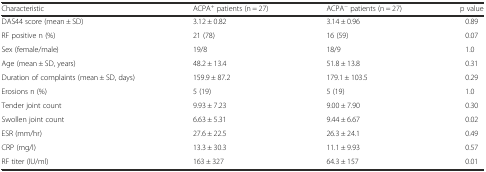
<table><thead><tr><td><b>Characteristic</b></td><td><b>ACPA<sup>+</sup> patients (n = 27)</b></td><td><b>ACPA<sup>−</sup> patients (n = 27)</b></td><td><b>p value</b></td></tr></thead><tbody><tr><td>DAS44 score (mean ± SD)</td><td>3.12 ± 0.82</td><td>3.14 ± 0.96</td><td>0.89</td></tr><tr><td>RF positive n (%)</td><td>21 (78)</td><td>16 (59)</td><td>0.07</td></tr><tr><td>Sex (female/male)</td><td>19/8</td><td>18/9</td><td>1.0</td></tr><tr><td>Age (mean ± SD, years)</td><td>48.2 ± 13.4</td><td>51.8 ± 13.8</td><td>0.31</td></tr><tr><td>Duration of complaints (mean ± SD, days)</td><td>159.9 ± 87.2</td><td>179.1 ± 103.5</td><td>0.29</td></tr><tr><td>Erosions n (%)</td><td>5 (19)</td><td>5 (19)</td><td>1.0</td></tr><tr><td>Tender joint count</td><td>9.93 ± 7.23</td><td>9.00 ± 7.90</td><td>0.30</td></tr><tr><td>Swollen joint count</td><td>6.63 ± 5.31</td><td>9.44 ± 6.67</td><td>0.02</td></tr><tr><td>ESR (mm/hr)</td><td>27.6 ± 22.5</td><td>26.3 ± 24.1</td><td>0.49</td></tr><tr><td>CRP (mg/l)</td><td>13.3 ± 30.3</td><td>11.1 ± 9.93</td><td>0.57</td></tr><tr><td>RF titer (IU/ml)</td><td>163 ± 327</td><td>64.3 ± 157</td><td>0.01</td></tr></tbody></table>